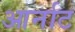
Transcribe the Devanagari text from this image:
आर्नाट